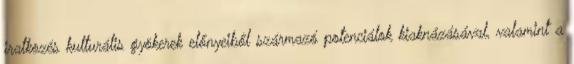
iratkozés kulturális gyökerek előnyeiből származó potenciálok kiaknázásával, valamint a